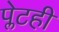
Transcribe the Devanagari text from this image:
प्लेटही